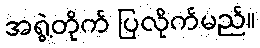
အရွဲ့တိုက် ပြလိုက်မည်။